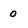
Character: 0